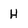
Character: H